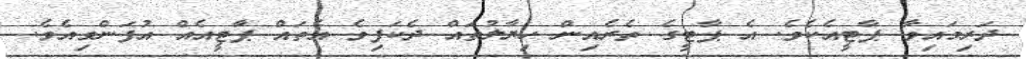
ދަރިމައިވާ ޕާޓީއެކެވެ. އެ ޕާޓީގެ ތެރެއިން ހިޔާލުތައް ދެކަފިވެ އެތައް ޕާޓީއެއް އުފަންވިއެވެ.